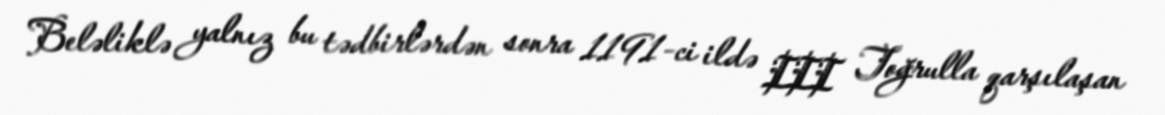
Beləliklə yalnız bu tədbirlərdən sonra 1191-ci ildə III Toğrulla qarşılaşan